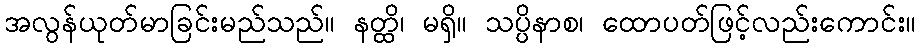
အလွန်ယုတ်မာခြင်းမည်သည်။ နတ္ထိ၊ မရှိ။ သပ္ပိနာစ၊ ထောပတ်ဖြင့်လည်းကောင်း။